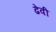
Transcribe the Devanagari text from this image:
ढेवी